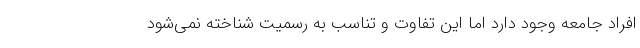
افراد جامعه وجود دارد اما این تفاوت و تناسب به رسمیت شناخته نمی‌شود